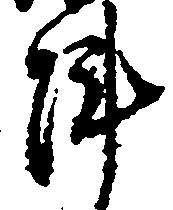
陣